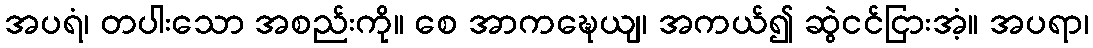
အပရံ၊ တပါးသော အစည်းကို။ စေ အာကဍ္ဎေယျ၊ အကယ်၍ ဆွဲငင်ငြားအံ့။ အပရာ၊